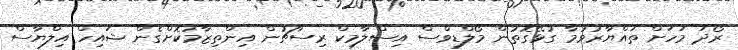
ރޯދަ މަހަށް ތައްޔާރުވުމާ ގުޅޭގޮތުން މޯލްޑިވްސް އިސްލާމިކް ރިސާޗުން އިންތިޒާމުކޮށްގެން ޝައިހް އިލްޔާސް